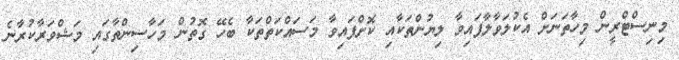
މިނިސްޓްރީން މިހާތަނަށް އެކުލަވާލާފައިވާ ލިޔުންތަކާއި ކޮށްފައިވާ މަސައްކަތްތަކާ ބެހޭ ގޮތުން މަހާސިންތާގައި މަޝްވަރާކުރާނެ